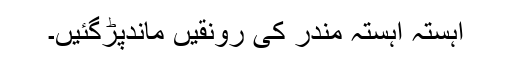
آہستہ آہستہ مندر کی رونقیں ماندپڑگئیں۔